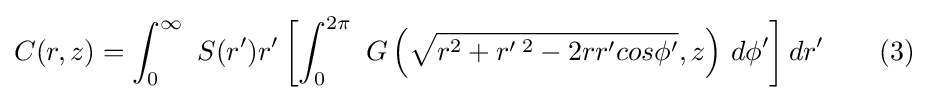
C(r,z)=\int _{0}^{\infty }\ S(r')r'\left[\int _{0}^{2\pi }\ G\left({\sqrt {r^{2}+r'\,^{2}-2rr'cos\phi '}},z\right)\,d\phi '\right]dr'\qquad (3)